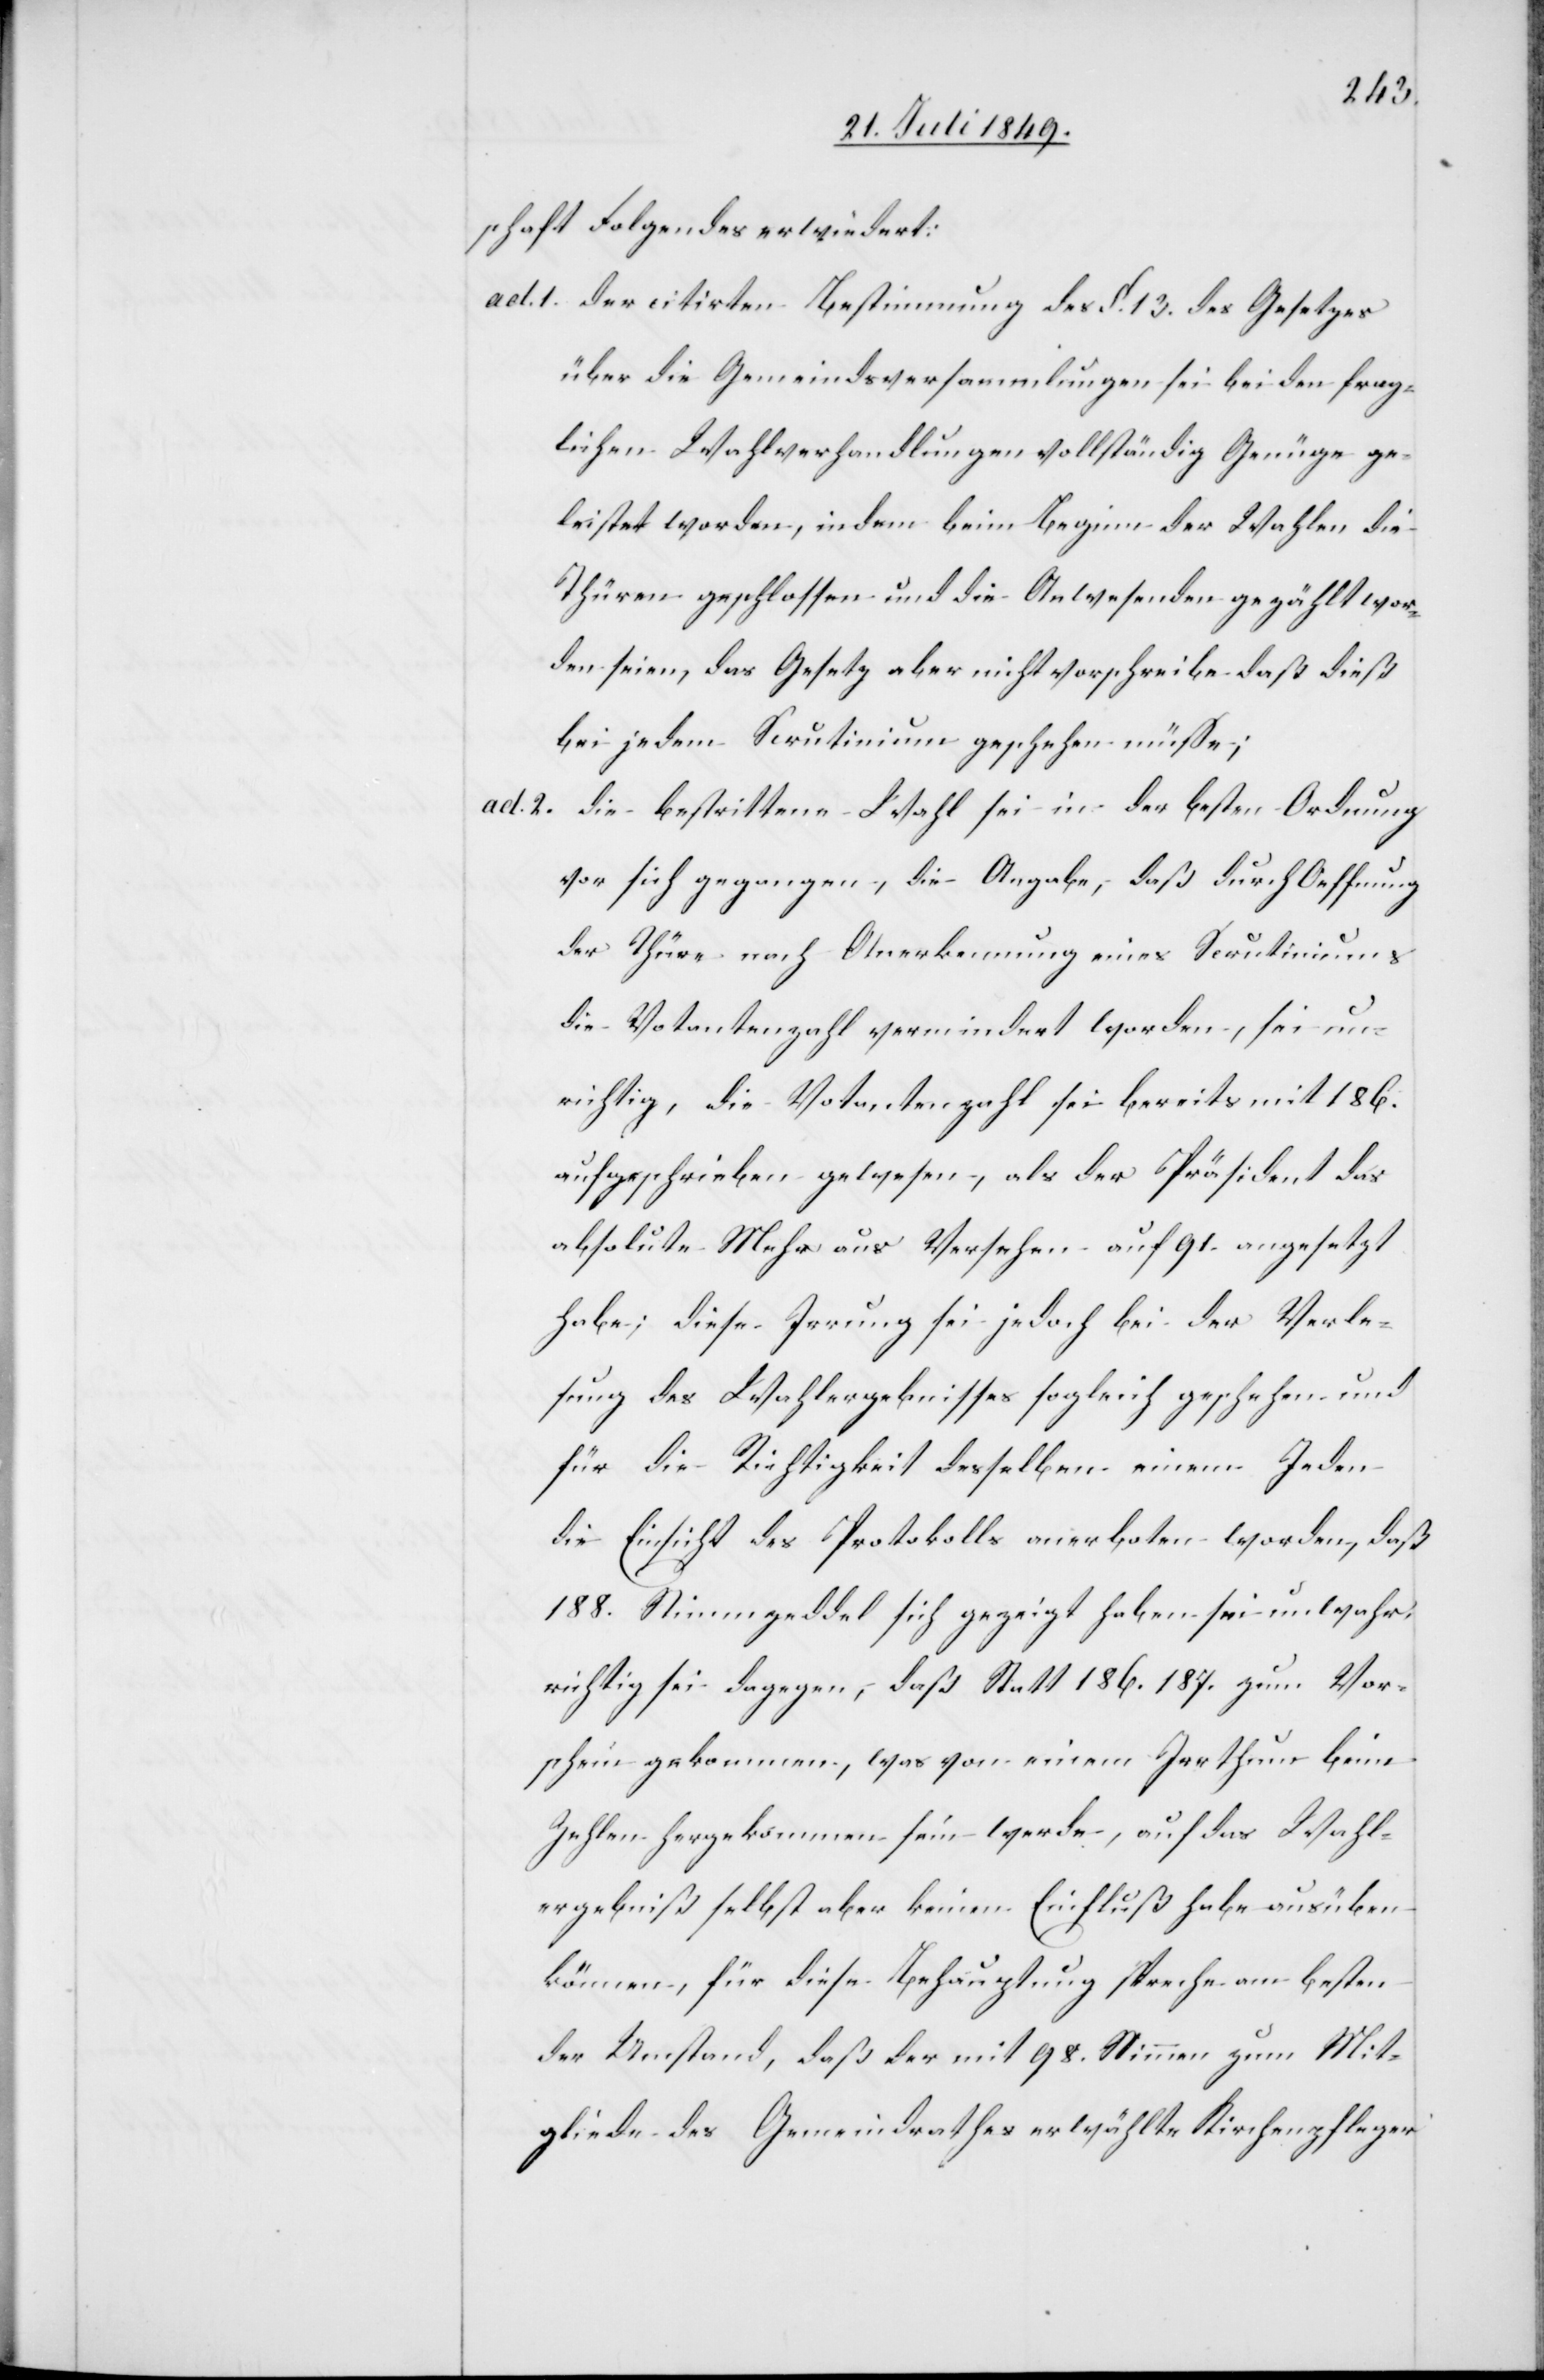
schaft Folgendes erwiedert:
ad.1. der citirten Bestimmung der §. 13. des Gesetzes
über die Gemeindsversammlungen sei bei den frag¬
lichen Wahlverhandlungen vollständig Genüge ge¬
leistet worden, indem beim Beginn der Wahlen die
Thüren geschlossen und die Anwesenden gezählt wor¬
den seien, das Gesetz aber nicht vorschreibe daß dieß
bei jedem Scrutinium geschehen müsse;
ad. 2. die bestrittene Wahl sei in der besten Ordnung
vor sich gegangen, die Angabe, daß durch Oeffnung
der Thüre nach Anerkennung eines Scrutiniums
die Votantenzahl vermindert worden, sei un¬
richtig, die Votantenzahl sei bereits mit 186.
aufgeschrieben gewesen, als der Präsident das
absolute Mehr aus Versehen auf 91. angesetzt
habe; diese Irrung sei jedoch bei der Verle¬
sung des Wahlergebnisses sogleich geschehen und
für die Richtigkeit desselben einem Jeden
die Einsicht des Protokolls anerboten worden, daß
188. Stimmzeddel sich gezeigt haben sei unwahr;
richtig sei dagegen, daß Statt 186. 187 zum Vor¬
schein gekommen, was von einem Irrthum beim
Zehlen hergekommen sein werde, auf das Wahl¬
ergebniß selbst aber keinen Einfluß habe ausüben
können, für diese Behauptung spreche am besten
der Umstand, daß der mit 98. Stimmen zum Mit¬
gliede des Gemeindrathes erwählte Kirchenpfleger